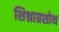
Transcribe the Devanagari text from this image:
शिश्नाग्रशोथ